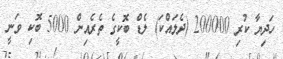
ހަދިޔާ ކުރި 200000 (ދެލައްކަ) ލެޑް ބޮކީގެ ތެރެއިން 5000 ބޮކި ވަނީ